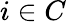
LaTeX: i\in C